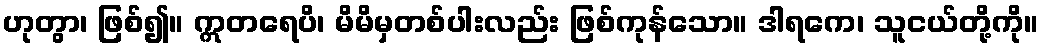
ဟုတွာ၊ ဖြစ်၍။ ဣတရေပိ၊ မိမိမှတစ်ပါးလည်း ဖြစ်ကုန်သော။ ဒါရကေ၊ သူငယ်တို့ကို။